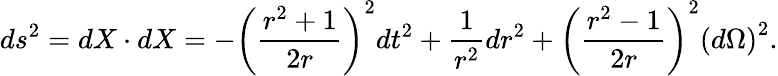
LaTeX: ds^{2}=dX\cdot dX=-\left(\frac{r^{2}+1}{2r}\right)^{2}dt^{2}+\frac 1{r^{2}}dr^{2}+\left(\frac{r^{2}-1}{2r}\right)^{2}\left(d\Omega\right)^{2}{.}